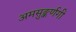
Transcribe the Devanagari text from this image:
अमसुङ्कर्णगी